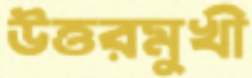
উত্তরমুখী